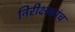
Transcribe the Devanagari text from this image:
निरीक्षकांच